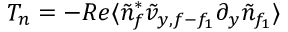
T _ { n } = - R e \langle \tilde { n } _ { f } ^ { * } \tilde { v } _ { y , f - f _ { 1 } } \partial _ { y } \tilde { n } _ { f _ { 1 } } \rangle